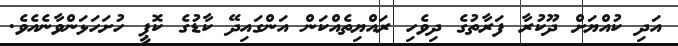
އަދި ކުއްޔަށް ދޫކުރާ ފަރާތުގެ ދިވެހި ރައްޔިތެއްކަން އަންގައިދޭ ކާޑުގެ ކޮޕީ ހުށަހަޅަންވާނެއެވެ.